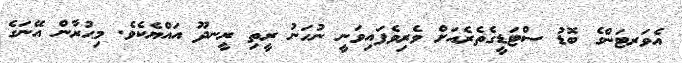
އެވަރޓަންގެ ބޮޑު ސްޓަޑީގެތެރެއަށް ވެރިވެފައިވަނީ ނުހަނު ރީތި ރީނދޫ އައްޔެކެވެ. މިޙުރާން އޭނަގެ